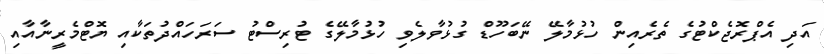
އަދި އެޕްރޮޖެކްޓުގެ ތެރެއިން ހުޅުމާލޭ ނޭބަހޫޑް ގުޅުވާލެވި ހުޅުމާލޭގެ ޓުރިސްޓު ސަރަހައްދުތަކާއި ޔޮޓްމެރީނާއާއި